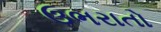
ઉભરાતો